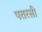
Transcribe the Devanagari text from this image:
पतरसी